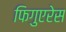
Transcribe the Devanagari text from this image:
फिगुएरेस